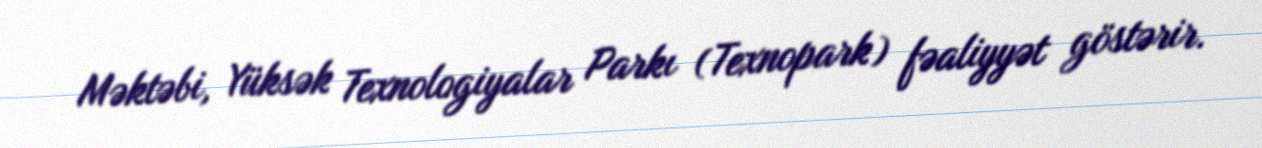
Məktəbi, Yüksək Texnologiyalar Parkı (Texnopark) fəaliyyət göstərir.